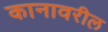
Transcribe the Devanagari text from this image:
कानावरील